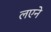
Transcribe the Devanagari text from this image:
लएने